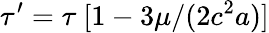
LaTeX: \tau^{\prime}=\tau\ [1-3\mu/(2c^{2}a)]